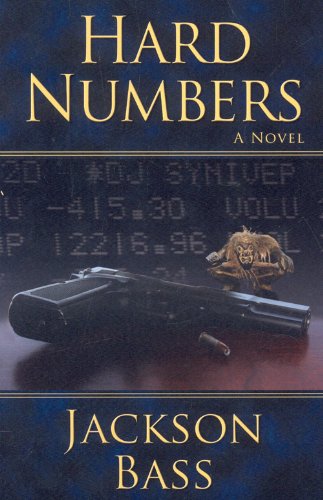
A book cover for Hard Numbers; Jackson Bass; Mystery, Thriller & Suspense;